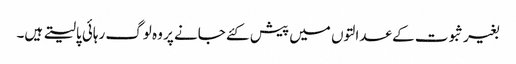
بغیر ثبوت کے عدالتوں میں پیش کئے جانے پر وہ لوگ رہائی پالیتے ہیں۔